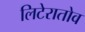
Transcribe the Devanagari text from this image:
लिटेरातोव